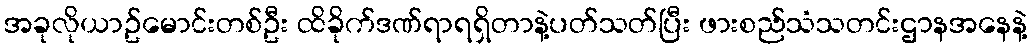
အခုလိုယာဥ်မောင်းတစ်ဦး ထိခိုက်ဒဏ်ရာရရှိတာနဲ့ပတ်သတ်ပြီး ဖားစည်သံသတင်းဌာနအနေနဲ့